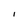
Character: I